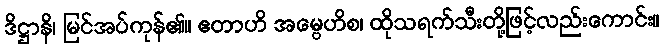
ဒိဋ္ဌာနိ၊ မြင်အပ်ကုန်၏။ ဧတာဟိ အမ္ဗေဟိစ၊ ထိုသရက်သီးတို့ဖြင့်လည်းကောင်း။